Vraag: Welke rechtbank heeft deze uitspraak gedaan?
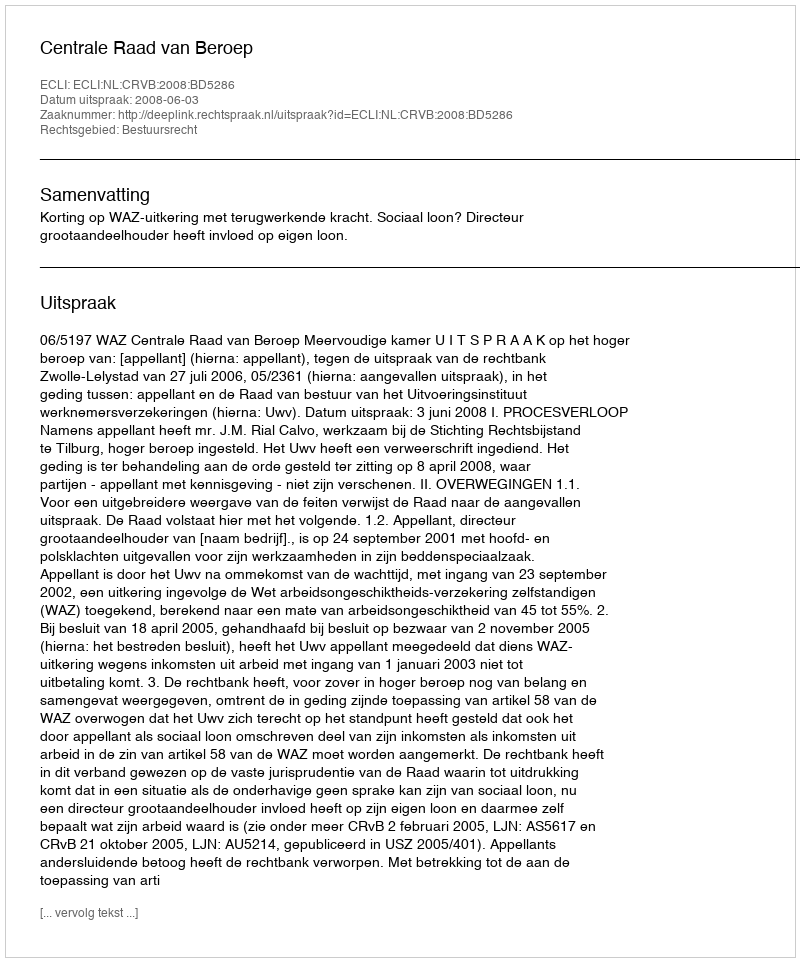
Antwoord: Centrale Raad van Beroep